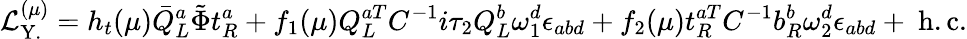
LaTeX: {\cal{L}}_{\mathrm{Y.}}^{(\mu)}=h_{t}(\mu){\bar{Q}}_{L}^{a}{\tilde{\Phi}}t_{R}^{a}+f_{1}(\mu)Q_{L}^{aT}C^{-1}i{\tau}_{2}Q_{L}^{b}{\omega}_{1}^{d}{\epsilon}_{abd}+f_{2}(\mu)t_{R}^{aT}C^{-1}b_{R}^{b}{\omega}_{2}^{d}{\epsilon}_{abd}+\mathrm{~h.c.}